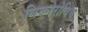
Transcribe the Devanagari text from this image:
विक्तोरोविच